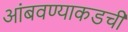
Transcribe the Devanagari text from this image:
आंबवण्याकडची